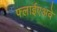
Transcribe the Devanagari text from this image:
फ्लाईएअवे